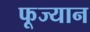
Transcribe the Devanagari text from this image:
फूज्यान